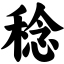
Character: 稔